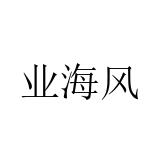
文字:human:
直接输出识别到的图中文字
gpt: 业海风